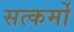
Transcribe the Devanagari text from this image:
सत्कर्मो